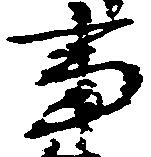
事